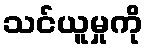
သင်ယူမှုကို